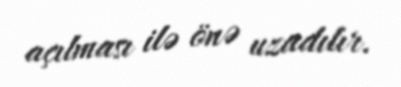
açılması ilə önə uzadılır.